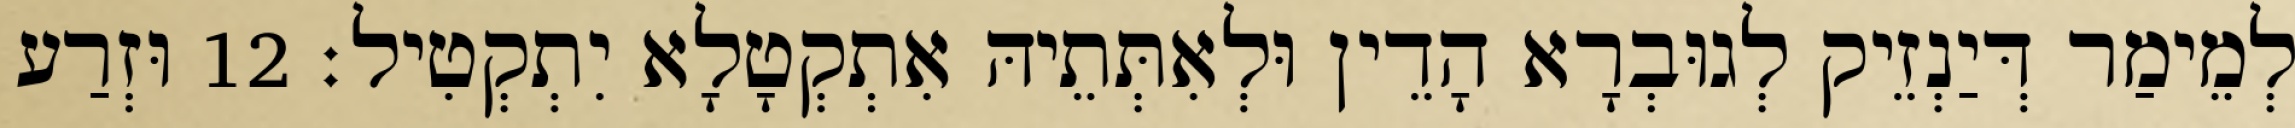
לְמֵימַר דְּיַנְזֵיק לְגוּבְרָא הָדֵין וּלְאִתְּתֵיהּ אִתְקְטָלָא יִתְקְטִיל׃ 12 וּזְרַע